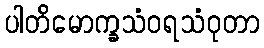
ပါတိမောက္ခသံဝရသံဝုတာ